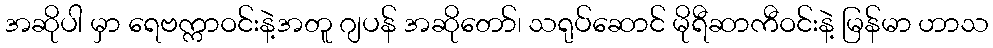
အဆိုပါ မှာ ရေဗက္ကာဝင်းနဲ့အတူ ဂျပန် အဆိုတော်၊ သရုပ်ဆောင် မိုရီဆာကီဝင်းနဲ့ မြန်မာ ဟာသ